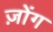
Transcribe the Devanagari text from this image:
ज़ोंग